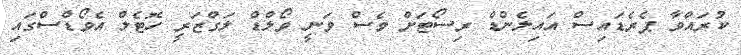
ކުރައްވާ ޕެރެޑައިސް އައިލެންޑް ރިސޯޓަށް ވެސް ވަނީ ވޯލްޑް ލަގްޒަރީ ހޮޓެލް އެވޯޑްސްގައި